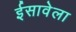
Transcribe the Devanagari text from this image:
ईसावेला